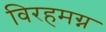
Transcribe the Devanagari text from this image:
विरहमग्न